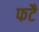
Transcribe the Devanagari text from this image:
फटै